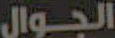
الجوال